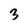
Character: 3